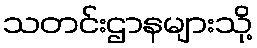
သတင်းဌာနများသို့